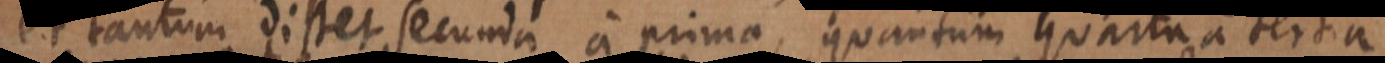
et tantum distet secunda a prima, quantum quarta a tertia,